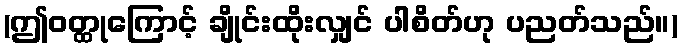
(ဤဝတ္ထုကြောင့် ချိုင်းထိုးလျှင် ပါစိတ်ဟု ပညတ်သည်။)